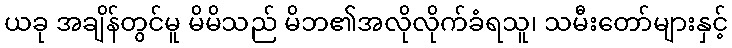
ယခု အချိန်တွင်မူ မိမိသည် မိဘ၏အလိုလိုက်ခံရသူ၊ သမီးတော်များနှင့်